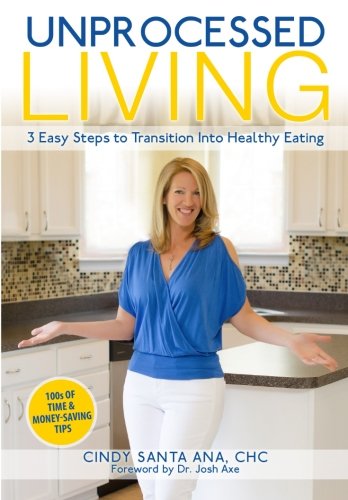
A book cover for Unprocessed Living: 3 Easy Steps to Transition Into Healthy Eating; Cindy Santa Ana CHC; Health, Fitness & Dieting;